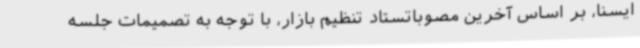
ایسنا، بر اساس آخرین مصوباتستاد تنظیم بازار، با توجه به تصمیمات جلسه